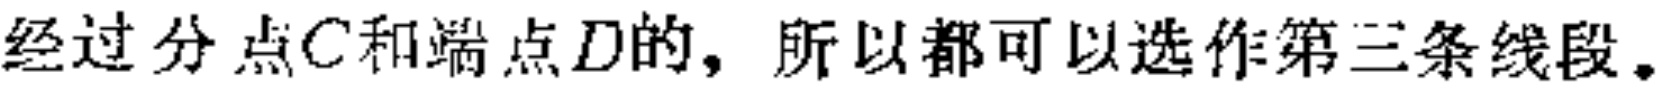
经过分点\(C\)和端点\(D\)的，所以都可以选作第三条线段。